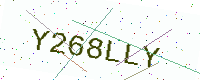
Text: Y268LLY